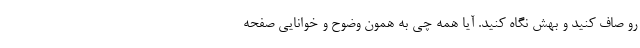
رو صاف کنید و بهش نگاه کنید. آیا همه چی به همون وضوح و خوانایی صفحه